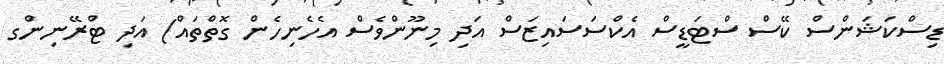
ޑިސްކަޝަންސް ކޭސް ސްޓަޑީސް އެކްސަސައިޒަސް އަދި މިނޫންވެސް އެހެނިހެން ގޮތްތައް) އަދި ޓްރޭނިންގ